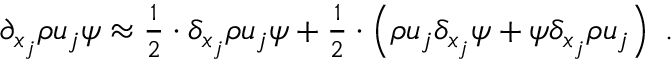
\begin{array} { r } { \partial _ { x _ { j } } \rho u _ { j } \psi \approx \frac { 1 } { 2 } \cdot \delta _ { x _ { j } } \rho u _ { j } \psi + \frac { 1 } { 2 } \cdot \left( \rho u _ { j } \delta _ { x _ { j } } \psi + \psi \delta _ { x _ { j } } \rho u _ { j } \right) \ . } \end{array}